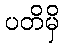
ပတိမှိ